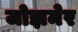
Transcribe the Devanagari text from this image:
जोझमेर